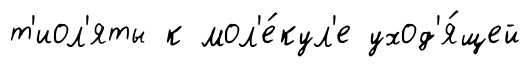
т'иол'яты к мол'е́кул'е уход'я́щей